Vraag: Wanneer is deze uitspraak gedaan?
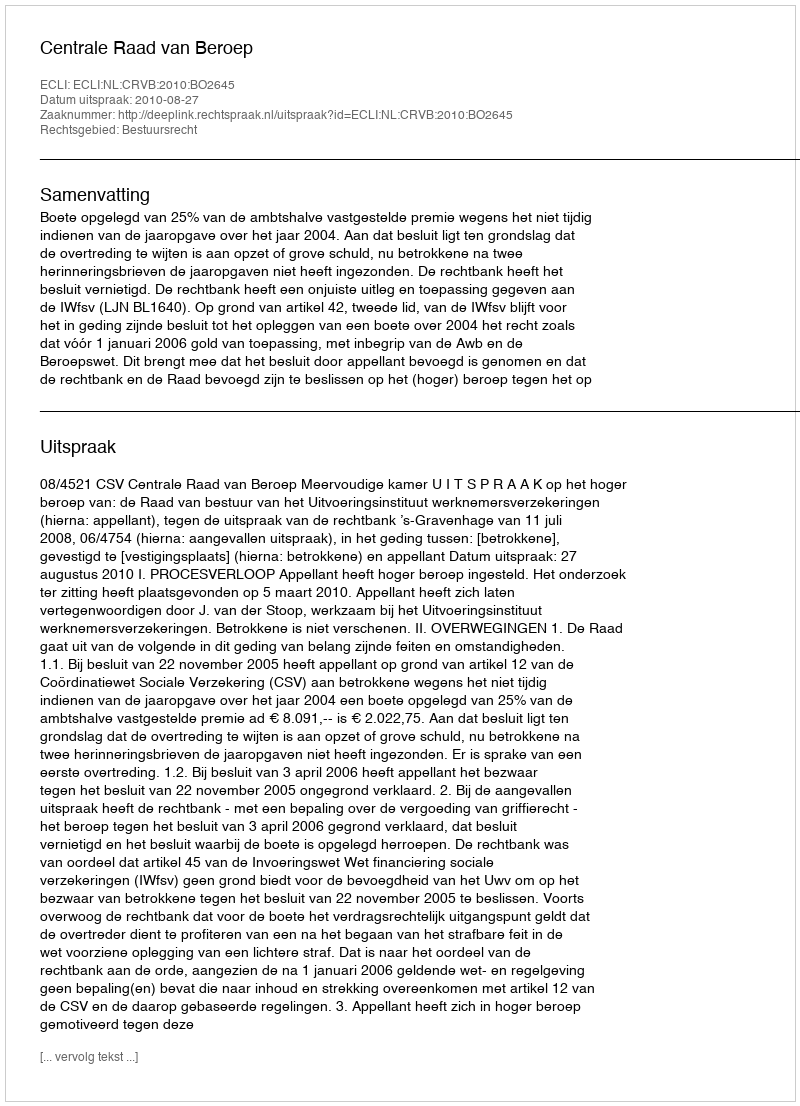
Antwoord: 2010-08-27